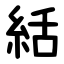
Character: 絬